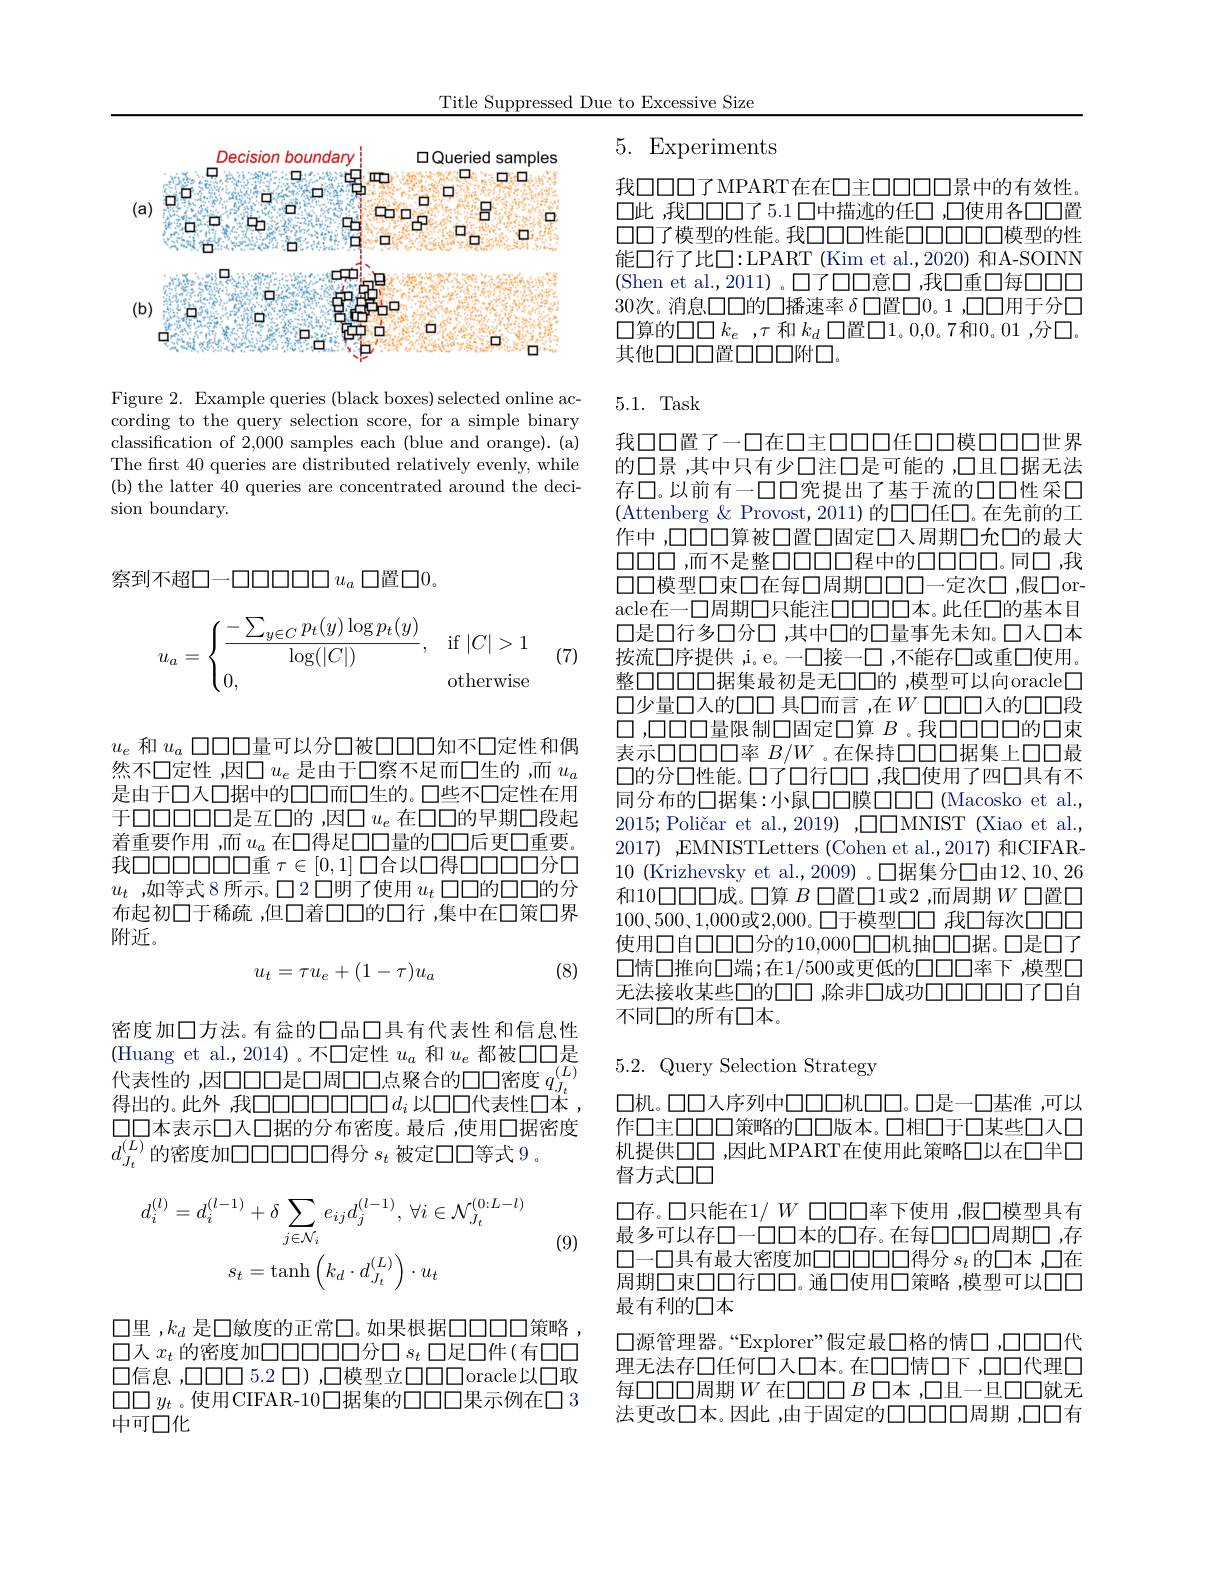
Title Suppressed Due to Excessive Size

# 5. Experiments

<FigureHere>

Figure 2. Example queries (black boxes) selected online according to the query selection score, for a simple binary classification of 2,000 samples each (blue and orange).(a) The first 40 queries are distributed relatively evenly, while (b) the latter 40 queries are concentrated around the decision boundary

察到不超口一口口口口口口$u_a$口置口0。
$$u_a=\begin{cases}\dfrac{-\sum_{y\in C}p_t(y)\log p_t(y)}{\log(|C|)},&\text{if}|C|>1\\0,&\text{otherwise}\end{cases}$$
(7)

$u_e$和$u_a$口口口量可以分口被口口口知不口定性和偶然不口定性 ,因口$u_e$是由于口察不足而口生的 ,而$u_a$ 是由于口人口据中的口口而口生的。口些不口定性在用于口口口口口口是互口的 ,因口$u_e$在口口的早期口段起着重要作用 ,而$u_a$在口得足口口量的口口后更口重要。我$\square\square\square\square\square\square\square\square$重 $\tau\in[0,1]\square$合以口得口口口分口$u_t$ ,如等式 8 所示。口 2 口明了使用$u_t$口口的口口的分布起初口于稀疏，但口着口口的口行 ,集中在口策口界附近。
$$u_t=\tau u_e+(1-\tau)u_a$$
(8)

密度加口方法。有金的口品口具有代表性和信息性(Huang et al.,2014)。不口定性$u_a$和$u_e$都被口口是代表性的，因口口口是口周口口点聚合的口口密度$q_{J_t}^{(L)}$ 得出的。此外，我口口口口口口口口$d_i$ 以口代表性口本口口本表示口入口据的分布密度。最后 ,使用口据密度$d_{J_{t}}^{(L)}$的密度加口口口口口口得分 $s_t$ 被定口口等式 9。
$$d_{i}^{(l)}=d_{i}^{(l-1)}+\delta\sum_{j\in\mathcal{N}_{i}}e_{ij}d_{j}^{(l-1)},\:\forall i\in\mathcal{N}_{J_{t}}^{(0:L-l)}\\s_{t}=\mathrm{tanh}\left(k_{d}\cdot d_{J_{t}}^{(L)}\right)\cdot u_{t}$$
(9)

$\square$里$,k_d$ 是$\square$敏度的正常$\square$。如果根据$\square\square\square\square\square\square$策略口入$x_t$的密度加口口口口口口分口$s_t$口足口件(有口口口信息，口口口5.2 口),口模型立口口口 oracle以口取$\square\square y_t$ 。使用CIFAR-10口据集的口口口果示例在口 3中可口化

我口口口了MPART在在口主口口口口景中的有效性口此，我口口口了5.1 口中描述的任口 ,口使用各口口置$\square\square$了模型的性能。我口口口性能口口口口口模型的性能口行了比口：LPART (Kim et al.,2020) 和A-SOINN (Shen et al.,2011) 。口了口口意口 ,我口重口每00030次。消息口口的口播速率$\delta$口置口0。1 ,口口用于分口口算的口口$k_e$ ,$\tau$ 和 $k_d$ 口置口1。0,0。7和0。01 ,分口。其他口口口置口口口附口。

# 5.1. Task

我口口置了一口在口主口口口任口口模口口口世界的口景 ,其中只有少口注口是可能的 ,口且口据无法存口。以前有一口口究提出了基于流的口口性采口(Attenberg & Provost, 2011) 的口口任口。在先前的工作中 ,口口口算被口置口固定口入周期口允口的最大$\square\square\square\square$,而不是整$\square\square\square\square\square\square\square\square\square\square\square\square$。同口，我口口模型口束口在每口周期口口口一定次口，假口oracle在一口周期口只能注口口口口本。此任口的基本目口是口行多口分口 ,其中口的口量事先未知。口人口本按流口序提供，i。e。一口接一口，不能存口或重口使用。整口口口口据集最初是无口口的 ,模型可以向oracle□ 口少量口入的口口 具口而言 ,在$W\square\square\square\square\square\square$段口，口口口量限制口固定口算$B$ 。我口口口口的口束表示口口口口口率$B/W$ 。在保持口口口据集上口口最口的分口性能。口了口行口口，我口使用了四口具有不同分布的口据集：小鼠口口膜口口口(Macosko et al., $2015; \text{Poli\v {c}aretal. , 2019) }, \square \square$MNIST (Xiao et al., 2017) ,EMNISTLetters (Cohen et al.,2017) 和CIFAR- 10 (Krizhevsky et al.,2009) 。口据集分口由12、10、26和10口口口成。口算$B$口置口1或2 ,而周期$W$口置口$100、500、1,000$或2，000。口于模型口口 我口每次口口口使用口自口口口口分的10，000口口机抽口口据。口是口了口情口推向口端；在1/500或更低的口口口率下，模型口无法接收某些口的口口 ,除非口成功口口口口口了口自不同口的所有口本。

5.2.Query Selection Strategy

$\square$机。口口入序列中口口口机口口。口是一口基准，可以作口主口口口策略的口口版本。口相口于口某些口入口机提供口口，因此MPART在使用此策略口以在口半口督方式口口
口存。口只能在1/ $W$口口口率下使用 ,假口模型具有最多可以存口一口口本的口存。在每口口口周期口，存$\square-\square$具有最大密度加口口口口口口得分 $s_t$ 的口本 ,口在周期口束口口行口口。通口使用口策略，模型可以口口最有利的口本
口源管理器。“Explorer”假定最口格的情口，口口口代理无法存口任何口人口本。在口口情口下，口口代理口每口口口周期$W$在口口口$B$口本 ,口且一旦口口就无法更改口本。因此 ,由于固定的口口口口周期 ,口口有